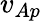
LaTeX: v_{Ap}